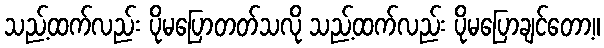
သည့်ထက်လည်း ပိုမပြောတတ်သလို သည့်ထက်လည်း ပိုမပြောချင်တော့။